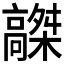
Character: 𩫤